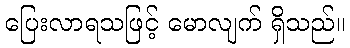
ပြေးလာရသဖြင့် မောလျက် ရှိသည်။